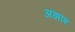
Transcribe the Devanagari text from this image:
अझांश